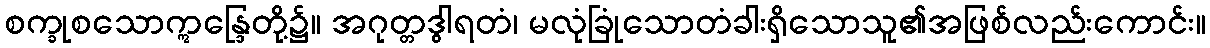
စက္ခုစသောဣန္ဒြေတို့၌။ အဂုတ္တဒွါရတံ၊ မလုံခြုံသောတံခါးရှိသောသူ၏အဖြစ်လည်းကောင်း။